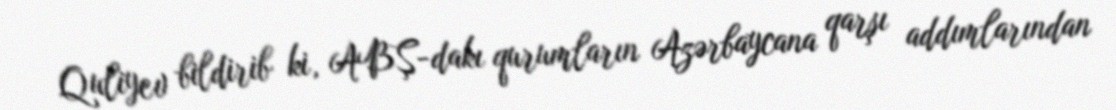
Quliyev bildirib ki, ABŞ-dakı qurumların Azərbaycana qarşı addımlarından